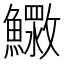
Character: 𮬓